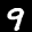
Label: 9